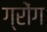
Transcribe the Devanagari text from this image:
ग्रोंग